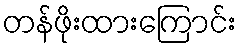
တန်ဖိုးထားကြောင်း